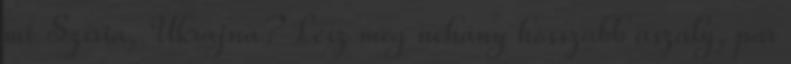
mi Szíria, Ukrajna? Lesz még néhány hosszabb aszály, pár